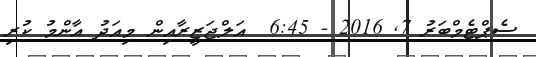
ސެޕްޓެމްބަރު 7